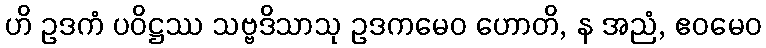
ဟိ ဥဒကံ ပဝိဋ္ဌဿ သဗ္ဗဒိသာသု ဥဒကမေဝ ဟောတိ, န အညံ, ဧဝမေဝ